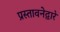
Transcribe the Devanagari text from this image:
प्रस्तावनेद्वारे